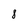
Character: 8